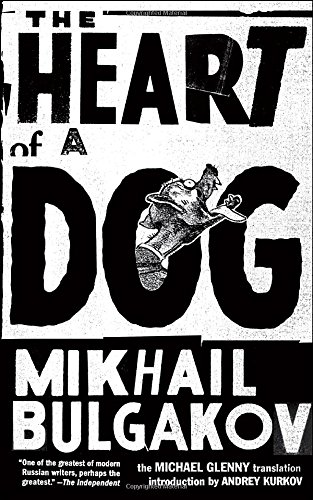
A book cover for The Heart of a Dog; Mikhail Bulgakov; Literature & Fiction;